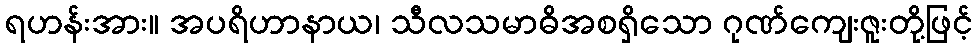
ရဟန်းအား။ အပရိဟာနာယ၊ သီလသမာဓိအစရှိသော ဂုဏ်ကျေးဇူးတို့ဖြင့်